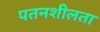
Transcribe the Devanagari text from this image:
पतनशीलता